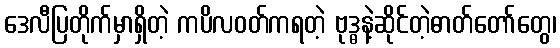
ဒေလီပြတိုက်မှာရှိတဲ့ ကပိလဝတ်ကရတဲ့ ဗုဒ္ဓနဲ့ဆိုင်တဲ့ဓာတ်တော်တွေ၊